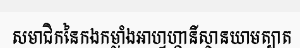
សមាជិកនៃកងកម្លាំងអាហ្វហ្គានីស្ថានយាមត្បាត